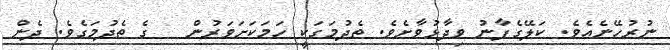
ނުރުހޭނެއެވެ. ކަލޭގެފާނު ވިދާޅުވާށެވެ. ތެދުމަގަކީ ހަމަކަށަވަރުން   ގެ ތެދުމަގެވެ. ދެން